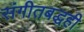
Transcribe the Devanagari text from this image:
संगीतबद्धही